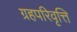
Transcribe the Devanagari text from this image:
ग्रहपरिवृत्ति